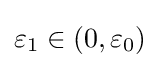
\varepsilon _{1}\in \left(0,\varepsilon _{0}\right)